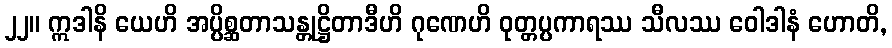
၂၂။ ဣဒါနိ ယေဟိ အပ္ပိစ္ဆတာသန္တုဋ္ဌိတာဒီဟိ ဂုဏေဟိ ဝုတ္တပ္ပကာရဿ သီလဿ ဝေါဒါနံ ဟောတိ,